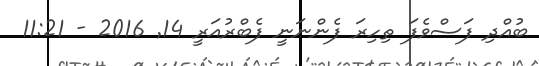
ބުއްދި ފަސްވެފަ ތިހިރަ ފެންނަނީ ފެބްރުއަރީ 14